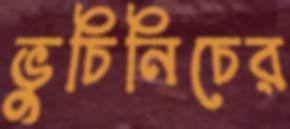
ভুচিনিচের